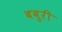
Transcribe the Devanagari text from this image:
बबुरी